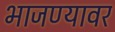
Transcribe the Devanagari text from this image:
भाजण्यावर